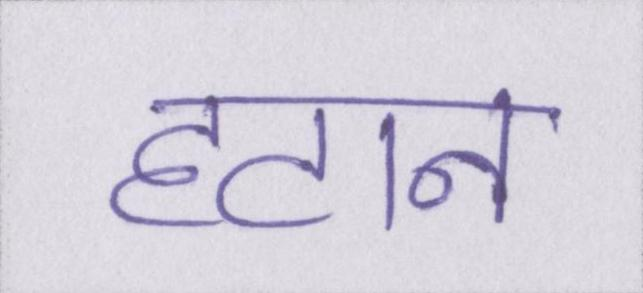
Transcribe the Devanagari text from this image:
हटान